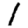
Digit: 1